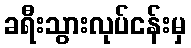
ခရီးသွားလုပ်ငန်းမှ